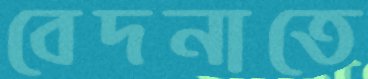
বেদনাতে